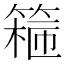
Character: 𬕣